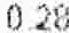
0.28